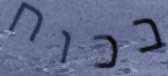
בכוח